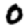
Digit: 0